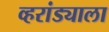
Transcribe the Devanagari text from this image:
व्हरांड्याला